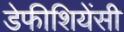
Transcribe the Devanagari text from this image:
डेफीशियेंसी